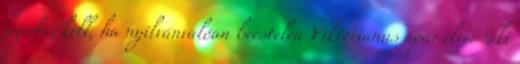
imádni kell, ha nyilvánvalóan becstelen Viktoriánus apa: elve: ‘aki